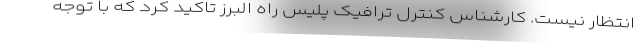
انتظار نیست. کارشناس کنترل ترافیک پلیس راه البرز تاکید کرد که با توجه